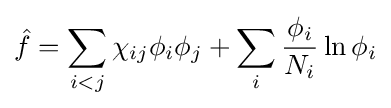
{\hat {f}}=\sum _{i<j}\chi _{ij}\phi _{i}\phi _{j}+\sum _{i}{\frac {\phi _{i}}{N_{i}}}\ln \phi _{i}